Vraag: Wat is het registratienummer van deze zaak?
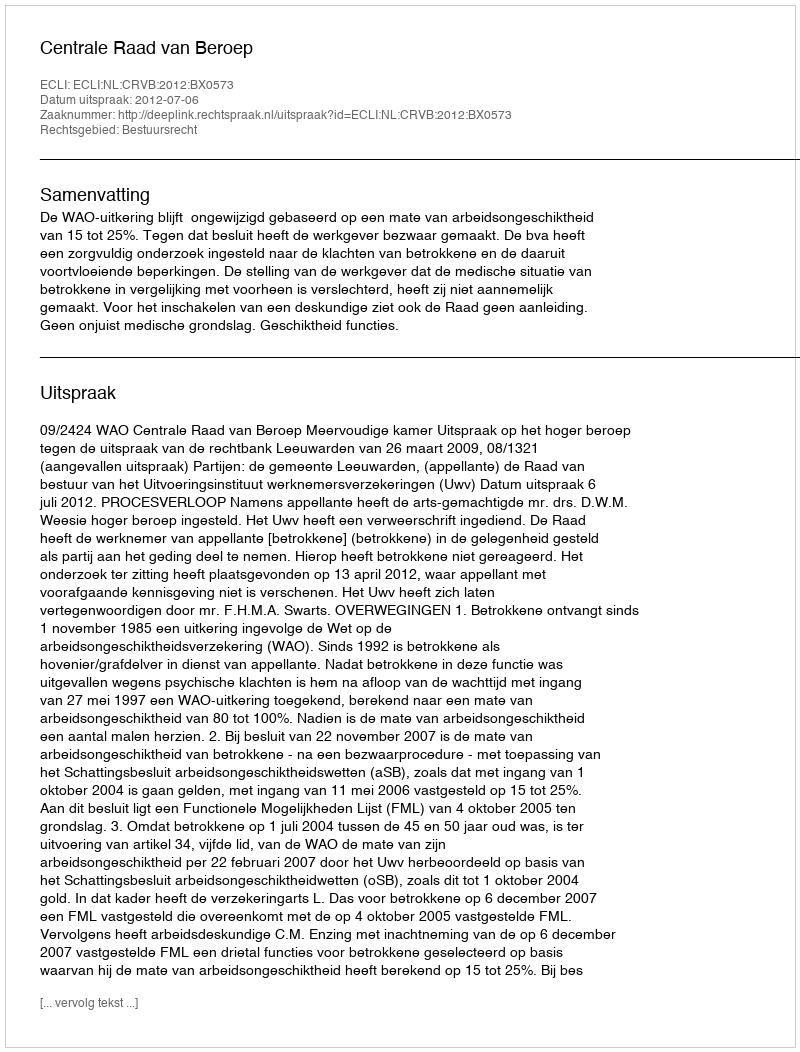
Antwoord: http://deeplink.rechtspraak.nl/uitspraak?id=ECLI:NL:CRVB:2012:BX0573